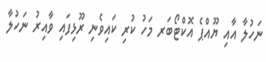
ނަހުލާ އާއި ޔޫއްޕެ އޮކްޓޯބަރ މަހު ކުރި ކައިވެނި ރޫޅިފައި ވާއިރު ނަހުލާ